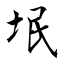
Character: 垊